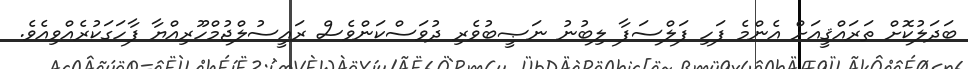
ބަދަލުކޮށް ތަރައްޤީއަށް އެންމެ ފަހި ފަލްސަފާ ލިބުނު ނަޞީބުވެރި ދުވަސްކަންވެސް ރައީސުލްޖުމްހޫރިއްޔާ ފާހަގަކުރެއްވިއެވެ.